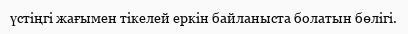
үстіңгі жағымен тікелей еркін байланыста болатын бөлігі.